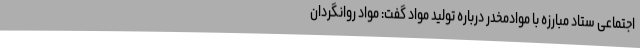
اجتماعی ستاد مبارزه با موادمخدر درباره تولید مواد گفت: مواد روانگردان